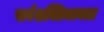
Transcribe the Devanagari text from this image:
सर्वशक्तिमानता